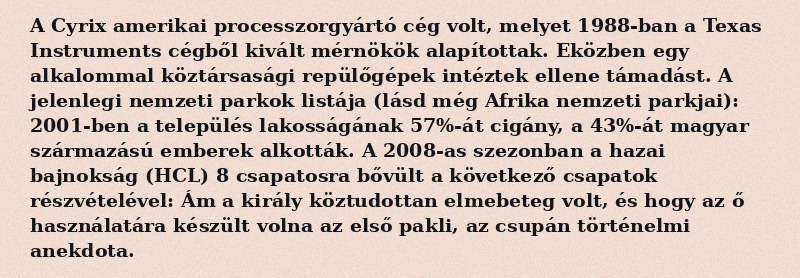
A Cyrix amerikai processzorgyártó cég volt, melyet 1988-ban a Texas Instruments cégből kivált mérnökök alapítottak. Eközben egy alkalommal köztársasági repülőgépek intéztek ellene támadást. A jelenlegi nemzeti parkok listája (lásd még Afrika nemzeti parkjai): 2001-ben a település lakosságának 57%-át cigány, a 43%-át magyar származású emberek alkották. A 2008-as szezonban a hazai bajnokság (HCL) 8 csapatosra bővült a következő csapatok részvételével: Ám a király köztudottan elmebeteg volt, és hogy az ő használatára készült volna az első pakli, az csupán történelmi anekdota.